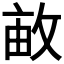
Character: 𢽒